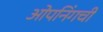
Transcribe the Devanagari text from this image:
ओपनिंगची